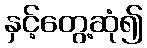
နှင့်တွေ့ဆုံ၍